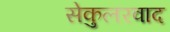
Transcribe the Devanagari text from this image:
सेकुलरवाद